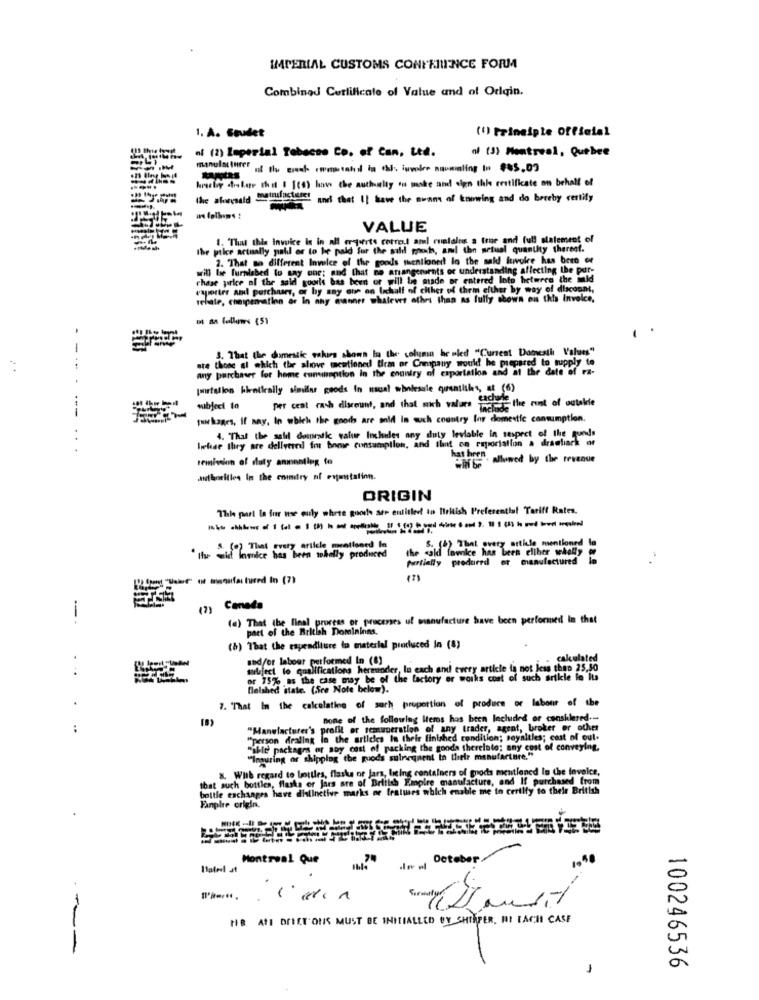
IMPERIAL CUSTOMS CONFERENCE FORM
Combined Certificate of Value and ot Odqin.
1. A. Soudet
(1) Principle official
af (2) leperial Tobacco Co. of Can, Ltd.
of (3) Mentreal, Quebee
manufacturer of the grech .westahil in this iuvole naomiling In $85.09
hrschy dostate thit 1 108) how the authority ou maske and sign thie restificate on behalf of
the ahwesaid Simulaglass! and that I| hawe the swans of knowing and do hereby certify
VALUE
1. Thus this invoice is in all orequerts corroul and cualales a true and full statement of
the price actually pall or to be paid for the sull pools, amil the actual quantity thereof.
2. "That so different Invoice of the goods thentioned In the sall lowvoire has been or
will he furnished to say one; and that ne arrangerernts of understanding affecting the pur-
chase price of the said gooris has been or will be made or entered Into hetwere the ild
ade or entered loto hetwere the mld
raporter and purchases, or by any one on lichalf of either of them efther by way of discount,
rebate, cheper ation or In any manner whatever athri than as fully shown ous this invoice,
-
3. That the domestic sakis shown in the column healed "Current Domesti Values"
ste those el which the above mentioned firm or Company would be prepared to supply te
any purchaser for home cununoption In the enuniry of exportation and at the date of
portation bienilrally similar goods In usual wholesale quantities, at (6)
per cent cash discount, and that much values the runt of outelle
subject to
jui kages, If any, In which the goods are sold In such country for domestic consumption.
helse they are deliveredl fout home consumption, and that on raportation a dramlack of
4. That the salif domestic value Inchules any duty leviable in respect of the funds
remission of duty anmenting to
has huren
Hallowed by the revenue
asthorities In the commitry nf exjmustation.
ORIGIN
This part la for use euly whrse goods ser entitled to British Preferential Tariff Rates.
the cold fawie has been cliher wholly
S. (8) That overy artkle mentioned la
" It's wist lamnice has been sokally produced
partially produred or manufactured
(7)
(2)
Canada
---
(a) That the final process or processes ul manufacture have been performed in that
part of the British Domininns,
(8) That the rapeaditure to materiel produced in (8)
Badfor labour performed In (0)
calculated
. ..
subject to qualifications herminder, In each and every article ia not less than 25,50
or 75% as the case may be of the factory er works coat of such arille in its
Delshed state. (Sre Note below).
7. "That In the calculation of such proportion of produce or labour of the
[B)
none of the following Items has been Included or consklered .-
:
"Manufacturer's profil er remuneration of any trader, agent, broker or other
"person dealing la the articles In their finished condition; soyaltles; cast of out-
Sible packages of soy cost of packing the gonda therelato; any cost of conveying.
"Imguring or shipping the goods sulnegnent in their manufacture."
&. With regard to bottles, flaske ne Jars, being containers of gods mentioned In the levelce,
that such bottles, flasks or Jars are of British Empire manufacture, and If purchased from
bottle exchanges have distinctive marks or features which enable me in certify to their British
Einplre origin.
Detaber
Montreal Que
1990
-
Surmaty:
HE ATE DRIET ONS MUST BE INITIALLED BY SHIPPER, IT EACH CASE
D
100246536